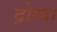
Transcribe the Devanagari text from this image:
द्रोग्बा